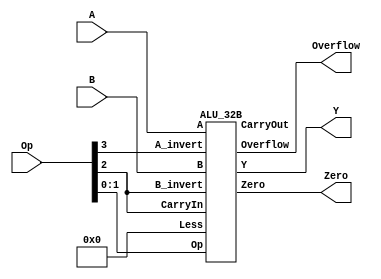
module ALU(Overflow,Zero,Y,A,B,Op);
	input [31:0] A,B;
	input [3:0] Op;
	output [31:0] Y;
	output Zero,Overflow;

	wire CarryOut;

	ALU_32B ALU (Overflow,Zero,Y,CarryOut,A,B,32'd0,Op[2],Op[3],Op[2],Op[1:0]);

endmodule

module ALU_32B(Overflow,Zero,Y,CarryOut,A,B,Less,CarryIn,A_invert,B_invert,Op);
	output	[31:0]	 Y;
	output 			CarryOut,Overflow,Zero;
	input  	[31:0]	A,B,Less;
	input 			CarryIn;
	input 			A_invert,B_invert;
	input 	[1:0]	Op;


	wire [7:0] C;
	wire Set;

assign Zero=~|Y;
assign CarryOut=C[7];

ALU_4B 		   ALU0 (Y[ 3: 0],C[0],A[ 3: 0],B[ 3: 0],{Less [ 3: 1],Set}	,CarryIn,A_invert,B_invert,Op);
ALU_4B 		   ALU1 (Y[ 7: 4],C[1],A[ 7: 4],B[ 7: 4], Less [ 7: 4]	  	,C[0]	,A_invert,B_invert,Op);
ALU_4B 		   ALU2 (Y[11: 8],C[2],A[11: 8],B[11: 8], Less [11: 8]	  	,C[1]   ,A_invert,B_invert,Op);
ALU_4B 		   ALU3 (Y[15:12],C[3],A[15:12],B[15:12], Less [15:12]	  	,C[2]   ,A_invert,B_invert,Op);
ALU_4B 		   ALU4 (Y[19:16],C[4],A[19:16],B[19:16], Less [19:16]		,C[3]   ,A_invert,B_invert,Op);
ALU_4B 		   ALU5 (Y[23:20],C[5],A[23:20],B[23:20], Less [23:20]		,C[4]  	,A_invert,B_invert,Op);
ALU_4B 		   ALU6 (Y[27:24],C[6],A[27:24],B[27:24], Less [27:24]		,C[5]  	,A_invert,B_invert,Op);

ALU_4B_MSB ALU7_MSB (Set,Overflow,Y[31:28],C[7],A[31:28],B[31:28], Less [31:28]		,C[6]   ,A_invert,B_invert,Op);



endmodule

module ALU_4B(Y,CarryOut,A,B,Less,CarryIn,A_invert,B_invert,Op);
	output	[3:0]	 Y;
	output 			CarryOut;
	input  	[3:0]	A,B,Less;
	input 			CarryIn;
	input 			A_invert,B_invert;
	input 	[1:0]	Op;
	wire   [3:0]	GC;
	wire   [3:0]	C,G,P;

assign CarryOut=C[3];

ALU_1B ALU0 (Y[0],C[0]    ,A[0],B[0],Less[0],CarryIn,A_invert,B_invert,Op);
ALU_1B ALU1 (Y[1],C[1]    ,A[1],B[1],Less[1],C[0]   ,A_invert,B_invert,Op);
ALU_1B ALU2 (Y[2],C[2]    ,A[2],B[2],Less[2],C[1]   ,A_invert,B_invert,Op);
ALU_1B ALU3 (Y[3],C[3],A[3],B[3],Less[3],C[2]   ,A_invert,B_invert,Op);
/*
PG PG1(G[0],P[0],A[0],B[0]);
PG PG2(G[1],P[1],A[1],B[1]);
PG PG3(G[2],P[2],A[2],B[2]);
PG PG4(G[3],P[3],A[3],B[3]);

assign	GC[1] = G[0] + P[0]*CarryIn; 
assign	GC[2] = G[1] + P[1]*GC[1];
assign	GC[3] = G[2] + P[2]*GC[2];
assign  CarryOut = G[3] + P[3]*GC[3];
*/
endmodule


module ALU_4B_MSB(Set,Overflow,Y,CarryOut,A,B,Less,CarryIn,A_invert,B_invert,Op);
	output	[3:0]	 Y;
	output 			Set,Overflow,CarryOut;
	input  	[3:0]	A,B,Less;
	input 			CarryIn;
	input 			A_invert,B_invert;
	input 	[1:0]	Op;
//	wire   [3:0]	GC;
	wire   [3:0]	C,G,P;

assign CarryOut=C[3];

ALU_1B ALU0 (Y[0],C[0]    ,A[0],B[0],Less[0],CarryIn,A_invert,B_invert,Op);
ALU_1B ALU1 (Y[1],C[1]    ,A[1],B[1],Less[1],C[0]   ,A_invert,B_invert,Op);
ALU_1B ALU2 (Y[2],C[2]    ,A[2],B[2],Less[2],C[1]   ,A_invert,B_invert,Op);

ALU_1B_MSB ALU3_MSB (Set,Overflow,Y[3],C[3],A[3],B[3],Less[3],C[2]   ,A_invert,B_invert,Op);
/*
PG PG1(G[0],P[0],A[0],B[0]);
PG PG2(G[1],P[1],A[1],B[1]);
PG PG3(G[2],P[2],A[2],B[2]);
PG PG4(G[3],P[3],A[3],B[3]);

assign	GC[1] = G[0] + P[0]*CarryIn; 
assign	GC[2] = G[1] + P[1]*GC[1];
assign	GC[3] = G[2] + P[2]*GC[2];
assign  CarryOut = G[3] + P[3]*GC[3];
*/
endmodule


/*module PG(G,P,A,B);
input A,B;
output G,P;

 or X1(P,A,B);
and A1(G,A,B);

endmodule*/

module ALU_1B(Y,CarryOut,A,B,Less,CarryIn,A_invert,B_invert,Op);
	input 		A,B,CarryIn,Less;
	input 		A_invert,B_invert;
	input [1:0] Op;
	output Y;
	output CarryOut;

	wire T1,T2;
	wire Y1;

	 ALU_adder Adder(Y1,CarryOut,T1,T2,CarryIn);


assign Y= (Op==2'b00)?(T1&T2):((Op==2'b01)?(T1|T2):((Op==2'b10)?Y1:Less));
assign T1=(A_invert)?(~A):A;
assign T2=(B_invert)?(~B):B;

endmodule


//Architecture 1
module ALU_adder (Sum,Carry,A,B,C);
	input A,B,C;
	output Sum,Carry;

	assign {Carry,Sum} = A+B+C;
endmodule

module ALU_1B_MSB(Set,Overflow,Y,CarryOut,A,B,Less,CarryIn,A_invert,B_invert,Op);
	input 		A,B,CarryIn,Less;
	input 		A_invert,B_invert;
	input [1:0] Op;
	output Y;
	output Set,Overflow,CarryOut;

	wire T1,T2;
	wire Y1;

	 ALU_adder Adder(Y1,CarryOut,T1,T2,CarryIn);

assign Set=Y1;

assign Y= (Op==2'b00)?(T1&T2):((Op==2'b01)?(T1|T2):((Op==2'b10)?Y1:Less));
assign T1=(A_invert)?(~A):A;
assign T2=(B_invert)?(~B):B;
/*
always@(Op,T1,T2,Y1)
begin
	if(Op==2'b00)
		Y=T1 & T2;
	else 
	begin
		if(Op==2'b01)
			Y=T1 | T2;
		else
		begin 	if(Op==2'b10)
					Y=Y1;
				else
					Y=Less;
		end
	end
end
*/
/*always@(A_invert,A)
begin
	if(A_invert)
		T1=~A;
	else
		T1=A;
end
always@(B_invert,B)
begin
	if (B_invert)
		T2=~B;
	else
		T2=B;
end
*/
always @(T1,T2,B_invert,CarryOut,Y1) 
begin
	

end
endmodule